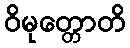
ဝိမုတ္တောတိ